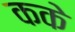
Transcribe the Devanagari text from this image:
कके